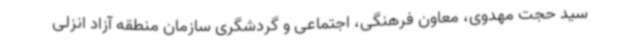
سید حجت مهدوی، معاون فرهنگی، اجتماعی و گردشگری سازمان منطقه آزاد انزلی